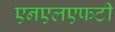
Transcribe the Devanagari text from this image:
एनएलएफटी